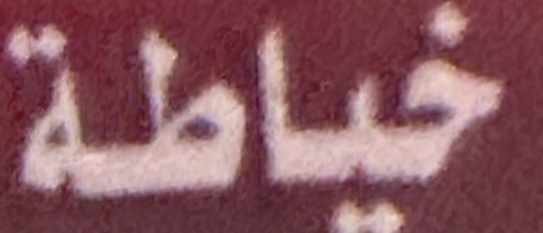
خیاطة